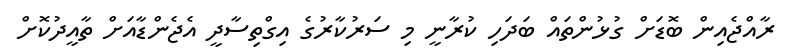
ރާއްޖެއިން ބޮޑަށް ގުޅުންތައް ބަދަހި ކުރާނީ މި ސަރުކާރުގެ އިގްތިސާދީ އެޖެންޑާއަށް ތާއީދުކޮށް